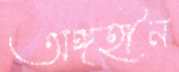
অঙ্গহীন